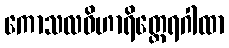
ကောသလဝိဟာရိတ္ထေရဂါထာ